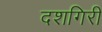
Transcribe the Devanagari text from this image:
दशगिरी